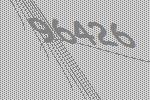
96426